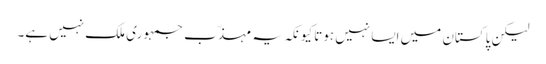
لیکن پاکستان میں ایسا نہیں ہوتا کیونکہ یہ مہذّب جمہوری ملک نہیں ہے۔